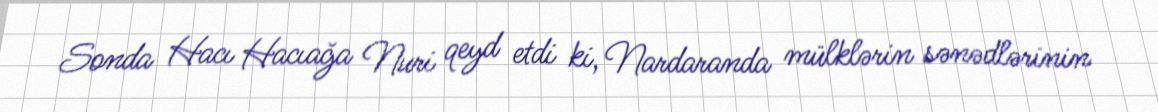
Sonda Hacı Hacıağa Nuri qeyd etdi ki, Nardaranda mülklərin sənədlərinin